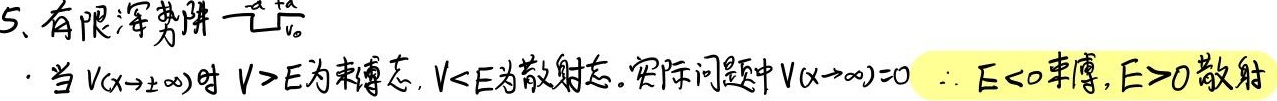
5、有限深势阱 一$\frac{a}{2}\frac{a}{2}_{V_0}$

· 当$V(x\rightarrow\pm\infty)$时$V > E$为束缚态，$V < E$为散射态。实际问题中$V(x\rightarrow\infty)=0$ $\therefore E < 0$束缚，$E>0$散射